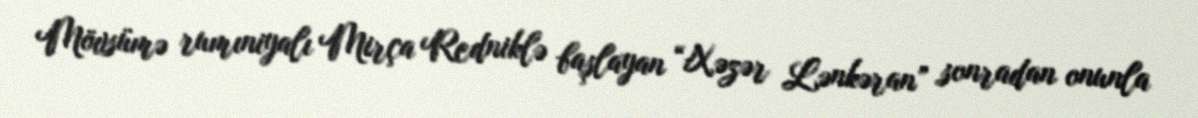
Mövsümə rumıniyalı Mirça Redniklə başlayan “Xəzər Lənkəran” sonradan onunla